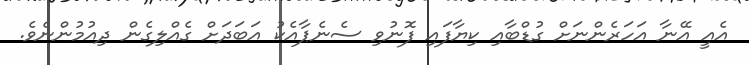
އެއީ އޭނާ އަހަރެންނަށް ގުޑްބާއި ކިޔާފައި ފޮނުވި ސެނެޕާއެކު އަބަދަށް ގެއްލިގެން ދިއުމުންނެވެ.